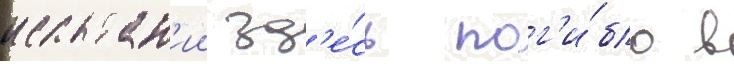
испытан'ии зд'е́сь пог'и́бло в